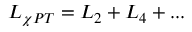
{ \cal L } _ { \chi P T } = { \cal L } _ { 2 } + { \cal L } _ { 4 } + . . .